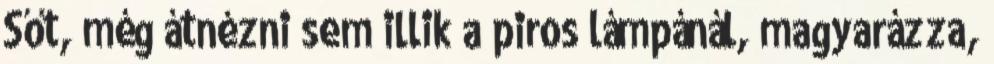
Sőt, még átnézni sem illik a piros lámpánál, magyarázza,